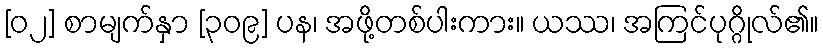
[၀၂] စာမျက်နှာ [၃၀၉] ပန၊ အဖို့တစ်ပါးကား။ ယဿ၊ အကြင်ပုဂ္ဂိုလ်၏။